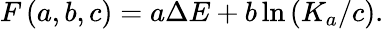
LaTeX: F\left(a,b,c\right)=a\Delta E+b\ln\left(K_{a}/c\right).